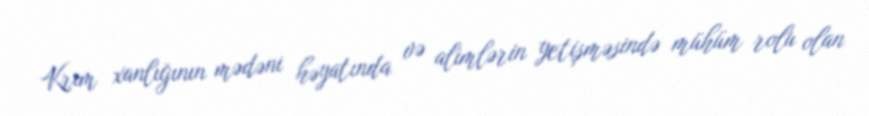
Krım xanlığının mədəni həyatında və alimlərin yetişməsində mühüm rolu olan